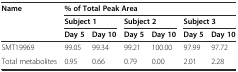
<table><thead><tr><td rowspan="3"><b>Name</b></td><td colspan="6"><b>% of Total Peak Area</b></td></tr><tr><td colspan="2"><b>Subject 1</b></td><td colspan="2"><b>Subject 2</b></td><td colspan="2"><b>Subject 3</b></td></tr><tr><td><b>Day 5</b></td><td><b>Day 10</b></td><td><b>Day 5</b></td><td><b>Day 10</b></td><td><b>Day 5</b></td><td><b>Day 10</b></td></tr></thead><tbody><tr><td>SMT19969</td><td>99.05</td><td>99.34</td><td>99.21</td><td>100.00</td><td>97.99</td><td>97.72</td></tr><tr><td>Total metabolites</td><td>0.95</td><td>0.66</td><td>0.79</td><td>0.00</td><td>2.01</td><td>2.28</td></tr></tbody></table>